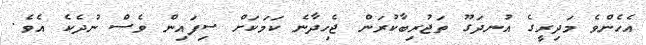
އެހެންވެ މަދިރީގެ އުނދަގޫ ތަޖުރިބާކުރަން ޖެހިދާނެ ކަމަކަށް ސިފައިން ވެސް ނުދެކެ އެވެ.